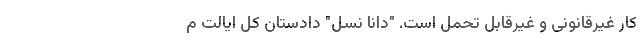
کار غیرقانونی و غیرقابل تحمل است. "دانا نِسِل" دادستان کل ایالت م